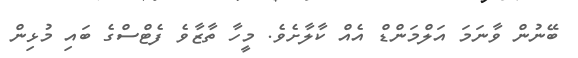
ބޭނުން ވާނަމަ އަލްމަންޑް އެއް ކާލާށެވެ. މީހާ ތާޒާވެ ފެޓްސްގެ ބައި މުޅިން